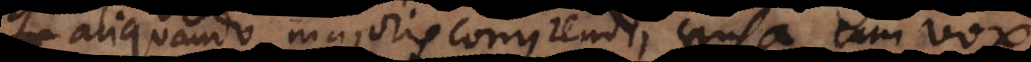
aliquando majoris compendii causa cum vox